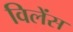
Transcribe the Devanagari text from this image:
विलेंस